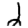
Digit: 2